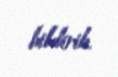
bildirib.